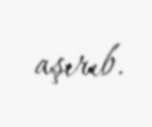
aşırıb.